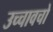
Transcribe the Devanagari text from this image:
उच्चावचो